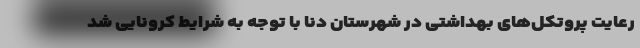
رعایت پروتکل‌های بهداشتی در شهرستان دنا با توجه به شرایط کرونایی شد